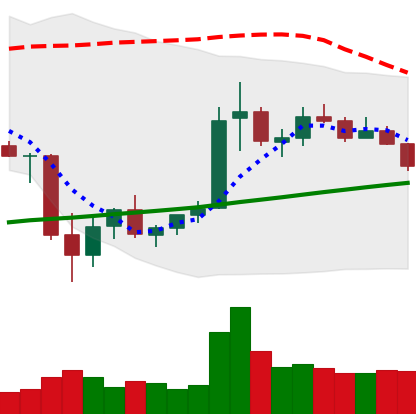
Ticker: ETC-USD
Chart end date: 2021-07-08
Forward return: -8.176%
Label: down_7plus